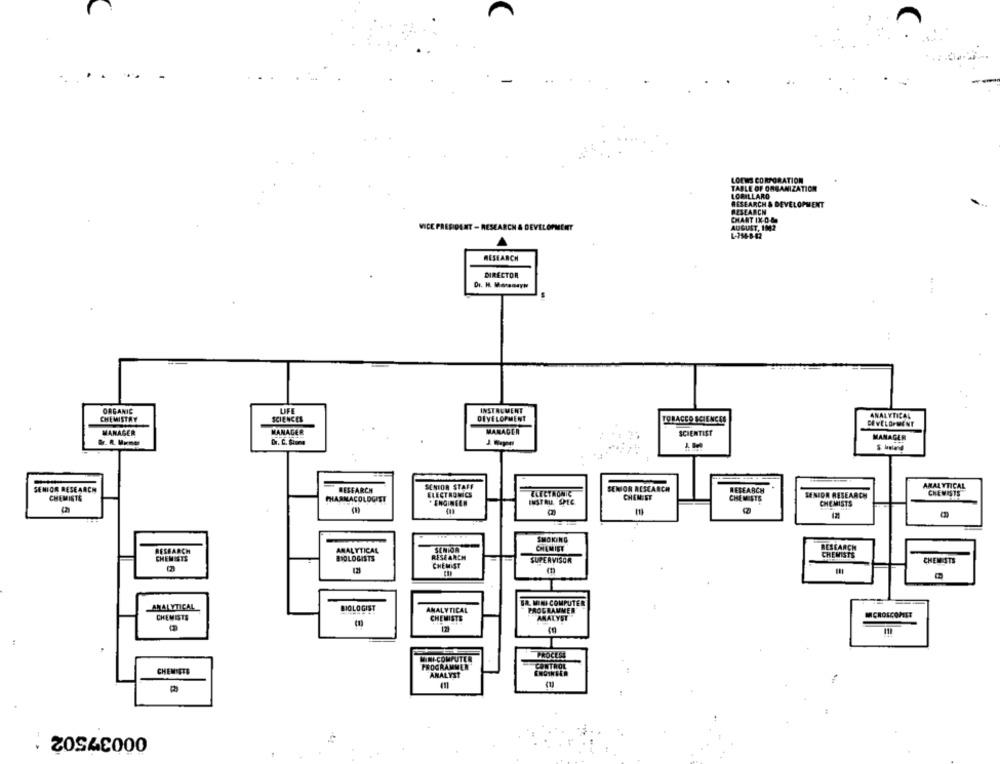
LOEWS CORPORATION
TABLE OF ORGANIZATION
LORILLARD
RESEARCH & DEVELOPMENT
RESEARCH
CHANT IX 0.8
VICE PRESIDENT - RESEARCH & DEVELOPMENT
AUGUST, 1002
L-256-8-42
RESEARCH
DIRECTOR
ORGANIC
LIFE
INSTRUMENT
CHEMISTRY
SCIENCES
DEVELOPMENT
TOBACCO SCIENCES
ANALYTICAL
DEVELOPMENT
MANAGER
MANAGER
MANAGER
SCIENTIST
MANAGER
Dr. C. Stoma
SENIOR RESEARCH
RESEARCH
SENIOR STAFF
SENIOR RESEARCH
RESEARCH
ANALYTICAL
CHEMISTS
ELECTRONICS
ELECTRONIC
CHEMIST
SENIOR RESEARCH
CHEMISTS
PHARMACOLOGIST
. ENGINEER
CHEMISTS
CHEMISTS
SMOKING
RESEARCH
ANALYTICAL
SENIOR
CHEMIST
RESEARCH
CHEMISTS
BIOLOGISTS
RESEARCH
CHEMISTS
CHEMIST
SUPERVISOR
CHEMISTS
SR. MINI COMPUTER
ANALYTICAL
BIOLOGIST
ANALYTICAL
PROGRAMMER
CHEMISTS
CHEMISTS
ANALYST"
MICROSCOMET
118
PROCESS
MINI-COMPUTER
PROGRAMMER
CONTROL
CHEMNETS
ANALYST
00037502